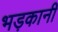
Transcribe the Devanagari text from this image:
भड़कानी